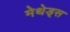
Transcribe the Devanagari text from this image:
मेथेड्स